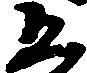
五